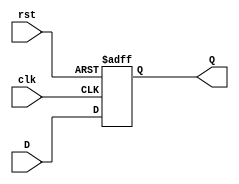
`timescale 1ns / 1ps
//////////////////////////////////////////////////////////////////////////////////
// Company: 
// Engineer: 
// 
// Design Name: 
// Module Name: D_FF
// Project Name: 
// Target Devices: 
// Tool Versions: 
// Description: 
// 
// Dependencies: 
// 
// Revision:
// Revision 0.01 - File Created
// Additional Comments:
// 
//////////////////////////////////////////////////////////////////////////////////


module D_FF (input clk, input rst, input D, output reg Q); 
 always @ (posedge clk or posedge rst) 
 if (rst) begin 
 Q <= 1'b0; 
 end else begin 
 Q <= D; 
 end 
endmodule